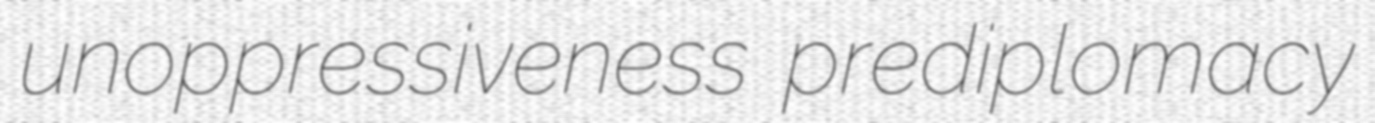
unoppressiveness prediplomacy